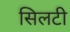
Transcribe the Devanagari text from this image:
सिलटी